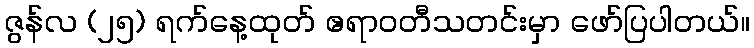
ဇွန်လ (၂၅) ရက်နေ့ထုတ် ဧရာဝတီသတင်းမှာ ဖော်ပြပါတယ်။